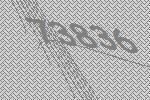
73836